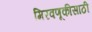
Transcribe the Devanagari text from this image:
मिरवणूकीसाठी